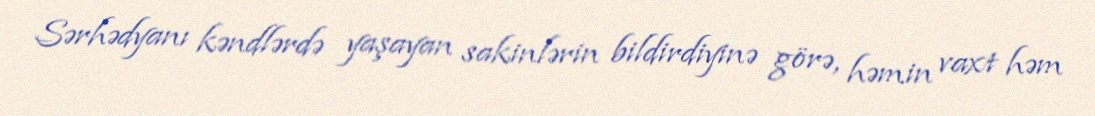
Sərhədyanı kəndlərdə yaşayan sakinlərin bildirdiyinə görə, həmin vaxt həm